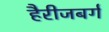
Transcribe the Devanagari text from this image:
हैरीजबर्ग